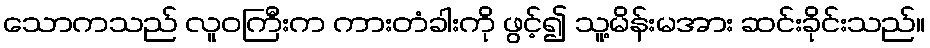
သောကသည် လူဝကြီးက ကားတံခါးကို ဖွင့်၍ သူ့မိန်းမအား ဆင်းခိုင်းသည်။